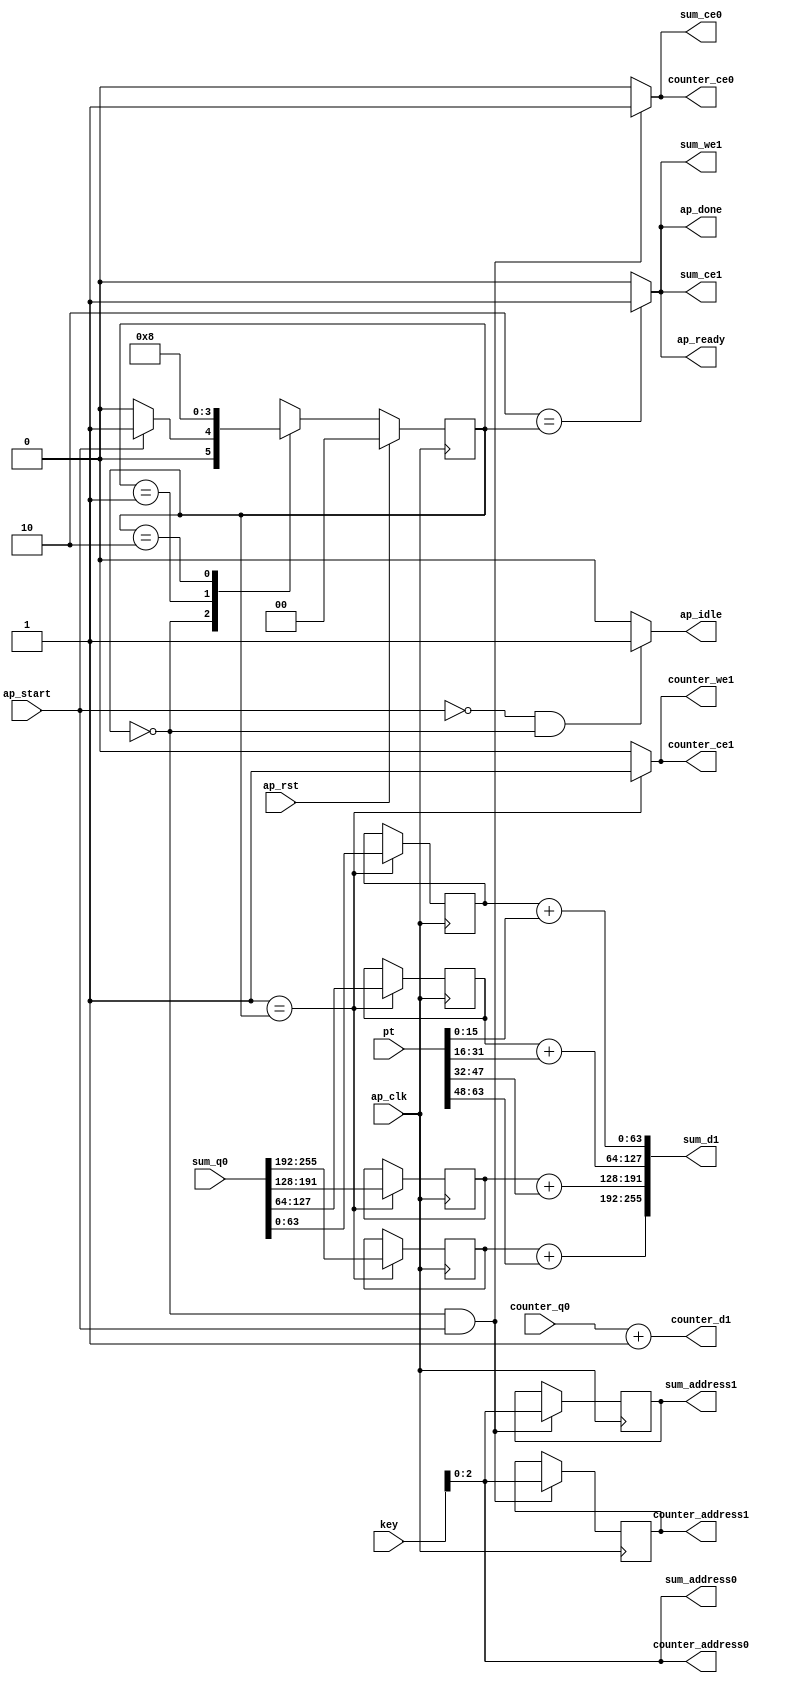
// ==============================================================
// RTL generated by Vivado(TM) HLS - High-Level Synthesis from C, C++ and SystemC
// Version: 2014.2
// Copyright (C) 2014 Xilinx Inc. All rights reserved.
// 
// ===========================================================

`timescale 1 ns / 1 ps 

(* CORE_GENERATION_INFO="reducer,hls_ip_2014_2,{HLS_INPUT_TYPE=cxx,HLS_INPUT_FLOAT=0,HLS_INPUT_FIXED=0,HLS_INPUT_PART=xc7z100ffg900-2,HLS_INPUT_CLOCK=8.000000,HLS_INPUT_ARCH=others,HLS_SYN_CLOCK=6.780000,HLS_SYN_LAT=2,HLS_SYN_TPT=none,HLS_SYN_MEM=0,HLS_SYN_DSP=0,HLS_SYN_FF=0,HLS_SYN_LUT=0}" *)

module reducer (
        ap_clk,
        ap_rst,
        ap_start,
        ap_done,
        ap_idle,
        ap_ready,
        key,
        pt,
        sum_address0,
        sum_ce0,
        sum_q0,
        sum_address1,
        sum_ce1,
        sum_we1,
        sum_d1,
        counter_address0,
        counter_ce0,
        counter_q0,
        counter_address1,
        counter_ce1,
        counter_we1,
        counter_d1
);

parameter    ap_const_logic_1 = 1'b1;
parameter    ap_const_logic_0 = 1'b0;
parameter    ap_ST_st1_fsm_0 = 2'b00;
parameter    ap_ST_st2_fsm_1 = 2'b1;
parameter    ap_ST_st3_fsm_2 = 2'b10;
parameter    ap_const_lv32_40 = 32'b1000000;
parameter    ap_const_lv32_7F = 32'b1111111;
parameter    ap_const_lv32_80 = 32'b10000000;
parameter    ap_const_lv32_BF = 32'b10111111;
parameter    ap_const_lv32_C0 = 32'b11000000;
parameter    ap_const_lv32_FF = 32'b11111111;
parameter    ap_const_lv32_1 = 32'b1;
parameter    ap_const_lv32_10 = 32'b10000;
parameter    ap_const_lv32_1F = 32'b11111;
parameter    ap_const_lv32_20 = 32'b100000;
parameter    ap_const_lv32_2F = 32'b101111;
parameter    ap_const_lv32_30 = 32'b110000;
parameter    ap_const_lv32_3F = 32'b111111;
parameter    ap_true = 1'b1;

input   ap_clk;
input   ap_rst;
input   ap_start;
output   ap_done;
output   ap_idle;
output   ap_ready;
input  [15:0] key;
input  [63:0] pt;
output  [2:0] sum_address0;
output   sum_ce0;
input  [255:0] sum_q0;
output  [2:0] sum_address1;
output   sum_ce1;
output   sum_we1;
output  [255:0] sum_d1;
output  [2:0] counter_address0;
output   counter_ce0;
input  [31:0] counter_q0;
output  [2:0] counter_address1;
output   counter_ce1;
output   counter_we1;
output  [31:0] counter_d1;

reg ap_done;
reg ap_idle;
reg ap_ready;
reg sum_ce0;
reg sum_ce1;
reg sum_we1;
reg counter_ce0;
reg counter_ce1;
reg counter_we1;
reg   [1:0] ap_CS_fsm = 2'b00;
reg   [2:0] sum_addr_reg_231;
reg   [2:0] counter_addr_reg_237;
wire   [63:0] tmp_4_fu_107_p1;
reg   [63:0] tmp_4_reg_243;
reg   [63:0] tmp_7_reg_248;
reg   [63:0] tmp_5_reg_253;
reg   [63:0] tmp_10_reg_258;
wire   [31:0] tmp_fu_101_p1;
wire   [15:0] tmp_3_fu_148_p1;
wire   [63:0] tmp_s_fu_152_p1;
wire   [15:0] tmp_6_fu_161_p4;
wire   [63:0] tmp_2_1_fu_171_p1;
wire   [15:0] tmp_9_fu_180_p4;
wire   [63:0] tmp_2_2_fu_190_p1;
wire   [15:0] tmp_8_fu_199_p4;
wire   [63:0] tmp_2_3_fu_209_p1;
wire   [63:0] tmp_3_3_fu_213_p2;
wire   [63:0] tmp_3_2_fu_194_p2;
wire   [63:0] tmp_3_1_fu_175_p2;
wire   [63:0] tmp_2_fu_156_p2;
reg   [1:0] ap_NS_fsm;




/// the current state (ap_CS_fsm) of the state machine. ///
always @ (posedge ap_clk)
begin : ap_ret_ap_CS_fsm
    if (ap_rst == 1'b1) begin
        ap_CS_fsm <= ap_ST_st1_fsm_0;
    end else begin
        ap_CS_fsm <= ap_NS_fsm;
    end
end

/// assign process. ///
always @(posedge ap_clk)
begin
    if (((ap_ST_st1_fsm_0 == ap_CS_fsm) & ~(ap_start == ap_const_logic_0))) begin
        counter_addr_reg_237 <= tmp_fu_101_p1;
        sum_addr_reg_231 <= tmp_fu_101_p1;
    end
end

/// assign process. ///
always @(posedge ap_clk)
begin
    if ((ap_ST_st2_fsm_1 == ap_CS_fsm)) begin
        tmp_10_reg_258 <= {{sum_q0[ap_const_lv32_FF : ap_const_lv32_C0]}};
        tmp_4_reg_243 <= tmp_4_fu_107_p1;
        tmp_5_reg_253 <= {{sum_q0[ap_const_lv32_BF : ap_const_lv32_80]}};
        tmp_7_reg_248 <= {{sum_q0[ap_const_lv32_7F : ap_const_lv32_40]}};
    end
end

/// ap_done assign process. ///
always @ (ap_CS_fsm)
begin
    if ((ap_ST_st3_fsm_2 == ap_CS_fsm)) begin
        ap_done = ap_const_logic_1;
    end else begin
        ap_done = ap_const_logic_0;
    end
end

/// ap_idle assign process. ///
always @ (ap_start or ap_CS_fsm)
begin
    if ((~(ap_const_logic_1 == ap_start) & (ap_ST_st1_fsm_0 == ap_CS_fsm))) begin
        ap_idle = ap_const_logic_1;
    end else begin
        ap_idle = ap_const_logic_0;
    end
end

/// ap_ready assign process. ///
always @ (ap_CS_fsm)
begin
    if ((ap_ST_st3_fsm_2 == ap_CS_fsm)) begin
        ap_ready = ap_const_logic_1;
    end else begin
        ap_ready = ap_const_logic_0;
    end
end

/// counter_ce0 assign process. ///
always @ (ap_start or ap_CS_fsm)
begin
    if (((ap_ST_st1_fsm_0 == ap_CS_fsm) & ~(ap_start == ap_const_logic_0))) begin
        counter_ce0 = ap_const_logic_1;
    end else begin
        counter_ce0 = ap_const_logic_0;
    end
end

/// counter_ce1 assign process. ///
always @ (ap_CS_fsm)
begin
    if ((ap_ST_st2_fsm_1 == ap_CS_fsm)) begin
        counter_ce1 = ap_const_logic_1;
    end else begin
        counter_ce1 = ap_const_logic_0;
    end
end

/// counter_we1 assign process. ///
always @ (ap_CS_fsm)
begin
    if ((ap_ST_st2_fsm_1 == ap_CS_fsm)) begin
        counter_we1 = ap_const_logic_1;
    end else begin
        counter_we1 = ap_const_logic_0;
    end
end

/// sum_ce0 assign process. ///
always @ (ap_start or ap_CS_fsm)
begin
    if (((ap_ST_st1_fsm_0 == ap_CS_fsm) & ~(ap_start == ap_const_logic_0))) begin
        sum_ce0 = ap_const_logic_1;
    end else begin
        sum_ce0 = ap_const_logic_0;
    end
end

/// sum_ce1 assign process. ///
always @ (ap_CS_fsm)
begin
    if ((ap_ST_st3_fsm_2 == ap_CS_fsm)) begin
        sum_ce1 = ap_const_logic_1;
    end else begin
        sum_ce1 = ap_const_logic_0;
    end
end

/// sum_we1 assign process. ///
always @ (ap_CS_fsm)
begin
    if ((ap_ST_st3_fsm_2 == ap_CS_fsm)) begin
        sum_we1 = ap_const_logic_1;
    end else begin
        sum_we1 = ap_const_logic_0;
    end
end
/// the next state (ap_NS_fsm) of the state machine. ///
always @ (ap_start or ap_CS_fsm)
begin
    case (ap_CS_fsm)
        ap_ST_st1_fsm_0 : 
        begin
            if (~(ap_start == ap_const_logic_0)) begin
                ap_NS_fsm = ap_ST_st2_fsm_1;
            end else begin
                ap_NS_fsm = ap_ST_st1_fsm_0;
            end
        end
        ap_ST_st2_fsm_1 : 
        begin
            ap_NS_fsm = ap_ST_st3_fsm_2;
        end
        ap_ST_st3_fsm_2 : 
        begin
            ap_NS_fsm = ap_ST_st1_fsm_0;
        end
        default : 
        begin
            ap_NS_fsm = 'bx;
        end
    endcase
end

assign counter_address0 = tmp_fu_101_p1;
assign counter_address1 = counter_addr_reg_237;
assign counter_d1 = (counter_q0 + ap_const_lv32_1);
assign sum_address0 = tmp_fu_101_p1;
assign sum_address1 = sum_addr_reg_231;
assign sum_d1 = {{{{{{tmp_3_3_fu_213_p2}, {tmp_3_2_fu_194_p2}}}, {tmp_3_1_fu_175_p2}}}, {tmp_2_fu_156_p2}};
assign tmp_2_1_fu_171_p1 = $unsigned(tmp_6_fu_161_p4);
assign tmp_2_2_fu_190_p1 = $unsigned(tmp_9_fu_180_p4);
assign tmp_2_3_fu_209_p1 = $unsigned(tmp_8_fu_199_p4);
assign tmp_2_fu_156_p2 = (tmp_4_reg_243 + tmp_s_fu_152_p1);
assign tmp_3_1_fu_175_p2 = (tmp_7_reg_248 + tmp_2_1_fu_171_p1);
assign tmp_3_2_fu_194_p2 = (tmp_5_reg_253 + tmp_2_2_fu_190_p1);
assign tmp_3_3_fu_213_p2 = (tmp_10_reg_258 + tmp_2_3_fu_209_p1);
assign tmp_3_fu_148_p1 = pt[15:0];
assign tmp_4_fu_107_p1 = sum_q0[63:0];
assign tmp_6_fu_161_p4 = {{pt[ap_const_lv32_1F : ap_const_lv32_10]}};
assign tmp_8_fu_199_p4 = {{pt[ap_const_lv32_3F : ap_const_lv32_30]}};
assign tmp_9_fu_180_p4 = {{pt[ap_const_lv32_2F : ap_const_lv32_20]}};
assign tmp_fu_101_p1 = $unsigned(key);
assign tmp_s_fu_152_p1 = $unsigned(tmp_3_fu_148_p1);


endmodule //reducer